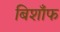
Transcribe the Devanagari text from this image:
बिशाँफ